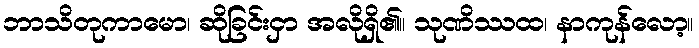
ဘာသိတုကာမော၊ ဆိုခြင်းငှာ အလိုရှိ၏။ သုဏိဿထ၊ နာကုန်လော့။